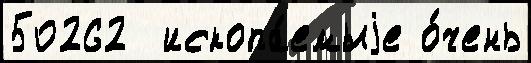
50262  ископа́емыjе о́чень